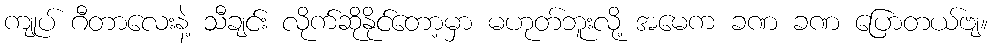
ကျုပ် ဂီတာလေးနဲ့ သီချင်း လိုက်ဆိုနိုင်တော့မှာ မဟုတ်ဘူးလို့ အမေက ခဏ ခဏ ပြောတယ်ဗျ။